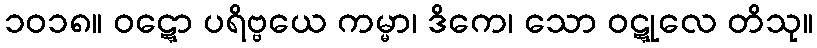
၁၀၁၈။ ဝဋ္ဋော ပရိဗ္ဗယေ ကမ္မာ၊ ဒိကေ၊ သော ဝဋ္ဋုလေ တိသု။